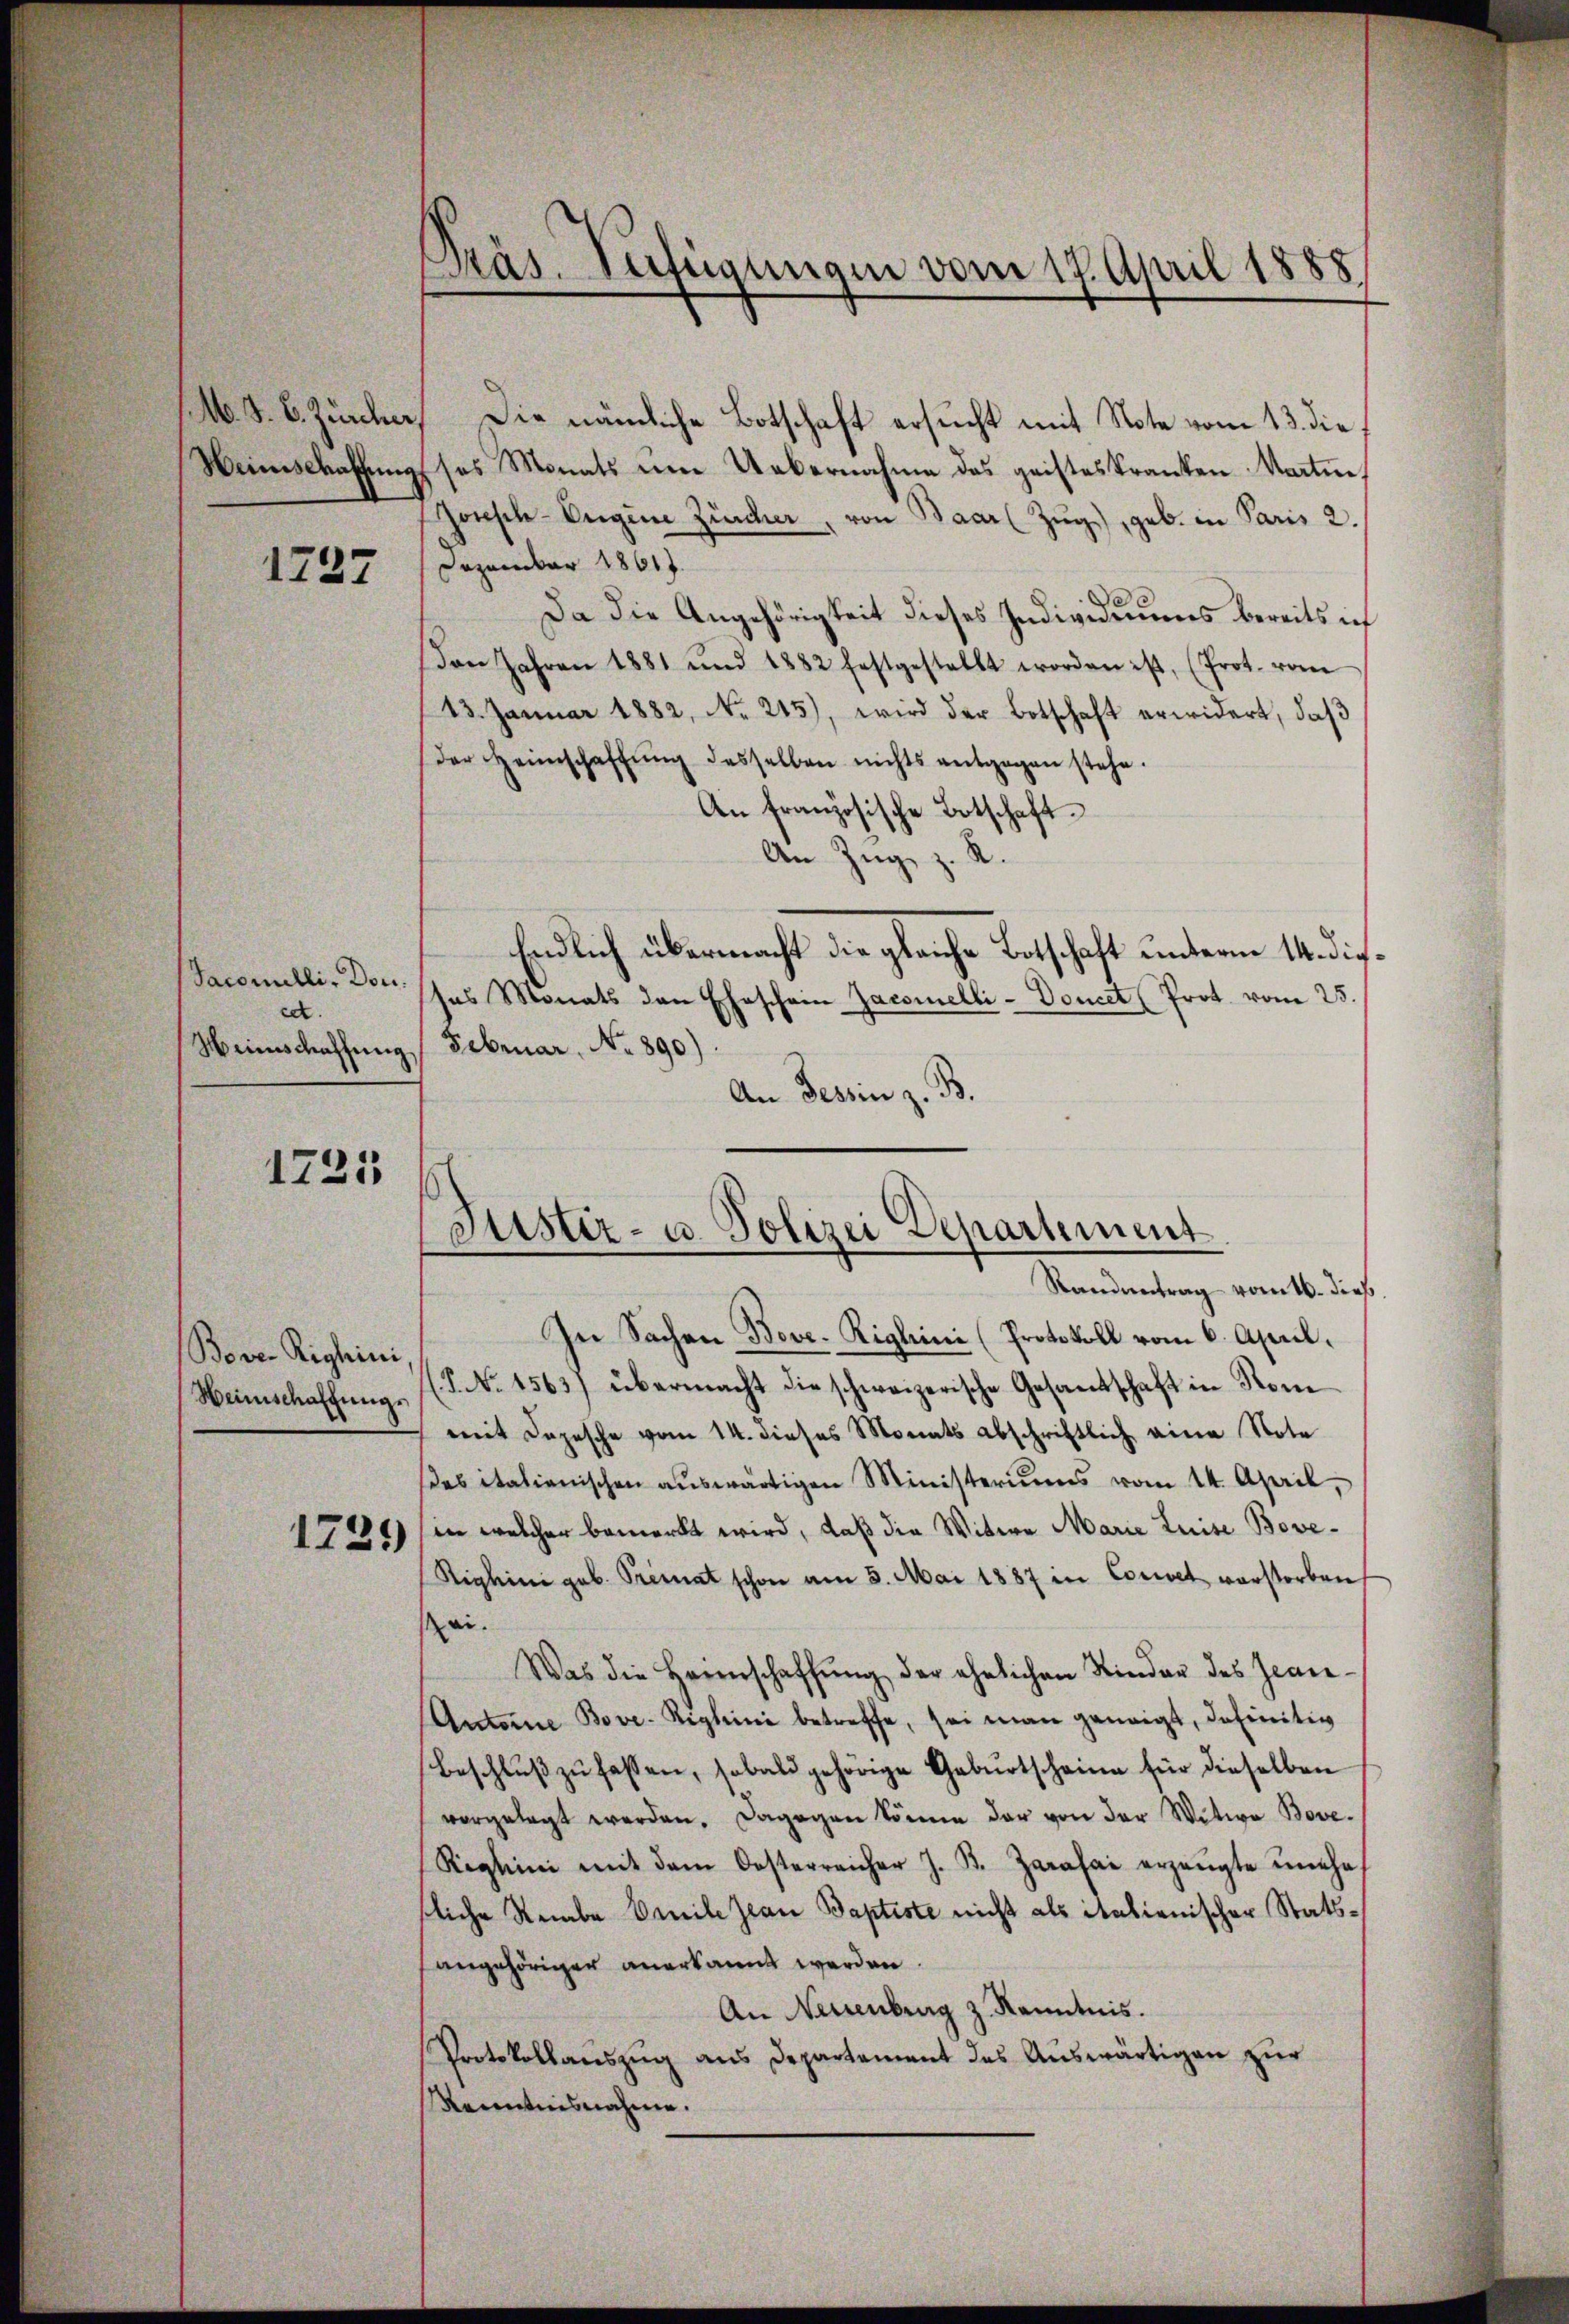
M. J. B. Zürcher,

1727

Sacomilli, Doned.

1721

Bove Righini,
Weinschaffungs

1729)

In Sachen Bove. Riglini (Protokoll vom 6. April.
(P No 1563) übermacht die schweizerische Gesandtschaft in Rom
mit Depesche vom 14. dieses Monats abschriftlich eine Note
es italienischen aŭswärtigen Ministeriums vom 14. April,
in welcher bemerkt wird, daß die Witwe Marie Luise Bove¬
Righini geb. Primat schon am 3. Mai 1887 in Convet verstorben
ei.
Was die Heimschaffŭng der ehelichen Kinder des Jean¬
Antoine Bove-Reglini betreffe, sei man geneigt, definitiv
Beschlŭβ zŭ fassen, sobald gehörige Gebŭrtscheine für dieselben
vorgelegt werden. Dagegen könne der von der Witwe Bove¬
Righini mit dem Oesterreicher J. B. Zarasai erzeugte unehe
tliche Reibe Omnile Jean Baptiste nicht als italienischer Statsangehöriger anerkannt werden.
An Neuenburg z. Kenntnis.
Protokollauszug aus Departement des Auswärtigen zur
Kenntnisnahme.

Präs. Verfügungen vom 17. April 1888

Die nämliche Botschaft ersucht mit Note vom 13. die,
Weinschaffung ses Monats um Uebernahme des geisteskranken Karten,
Jonisch-Engene Zürcher, von Baar Zŭg), geb. in Paris 2.
Dezember 18617.
Da die Angehörigkeit dieses Individuums bereits ich
Don Jahren 1881 und 1882 festgestellt worden ist, (Prot. vom
13. Januar 1882, No. 245), wird der Botschaft erwidert, daß
der Heimschaffŭng desselben nichts entgegen stehe.
An französische Botschaft.
An Zug, z. R.
Endlich übermacht die gleiche Botschaft unterm 14. dieses Monats den Eheschein Zacsmelli-Doucet (Prot. vom 25.
Weinschaffung Februar, No. 890.)
An Tessin z. B.

Justiz- u. Polizei Departement
Randantrag vom 16. dies